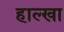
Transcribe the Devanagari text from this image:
हाल्खा